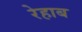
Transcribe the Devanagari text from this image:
रेहाब